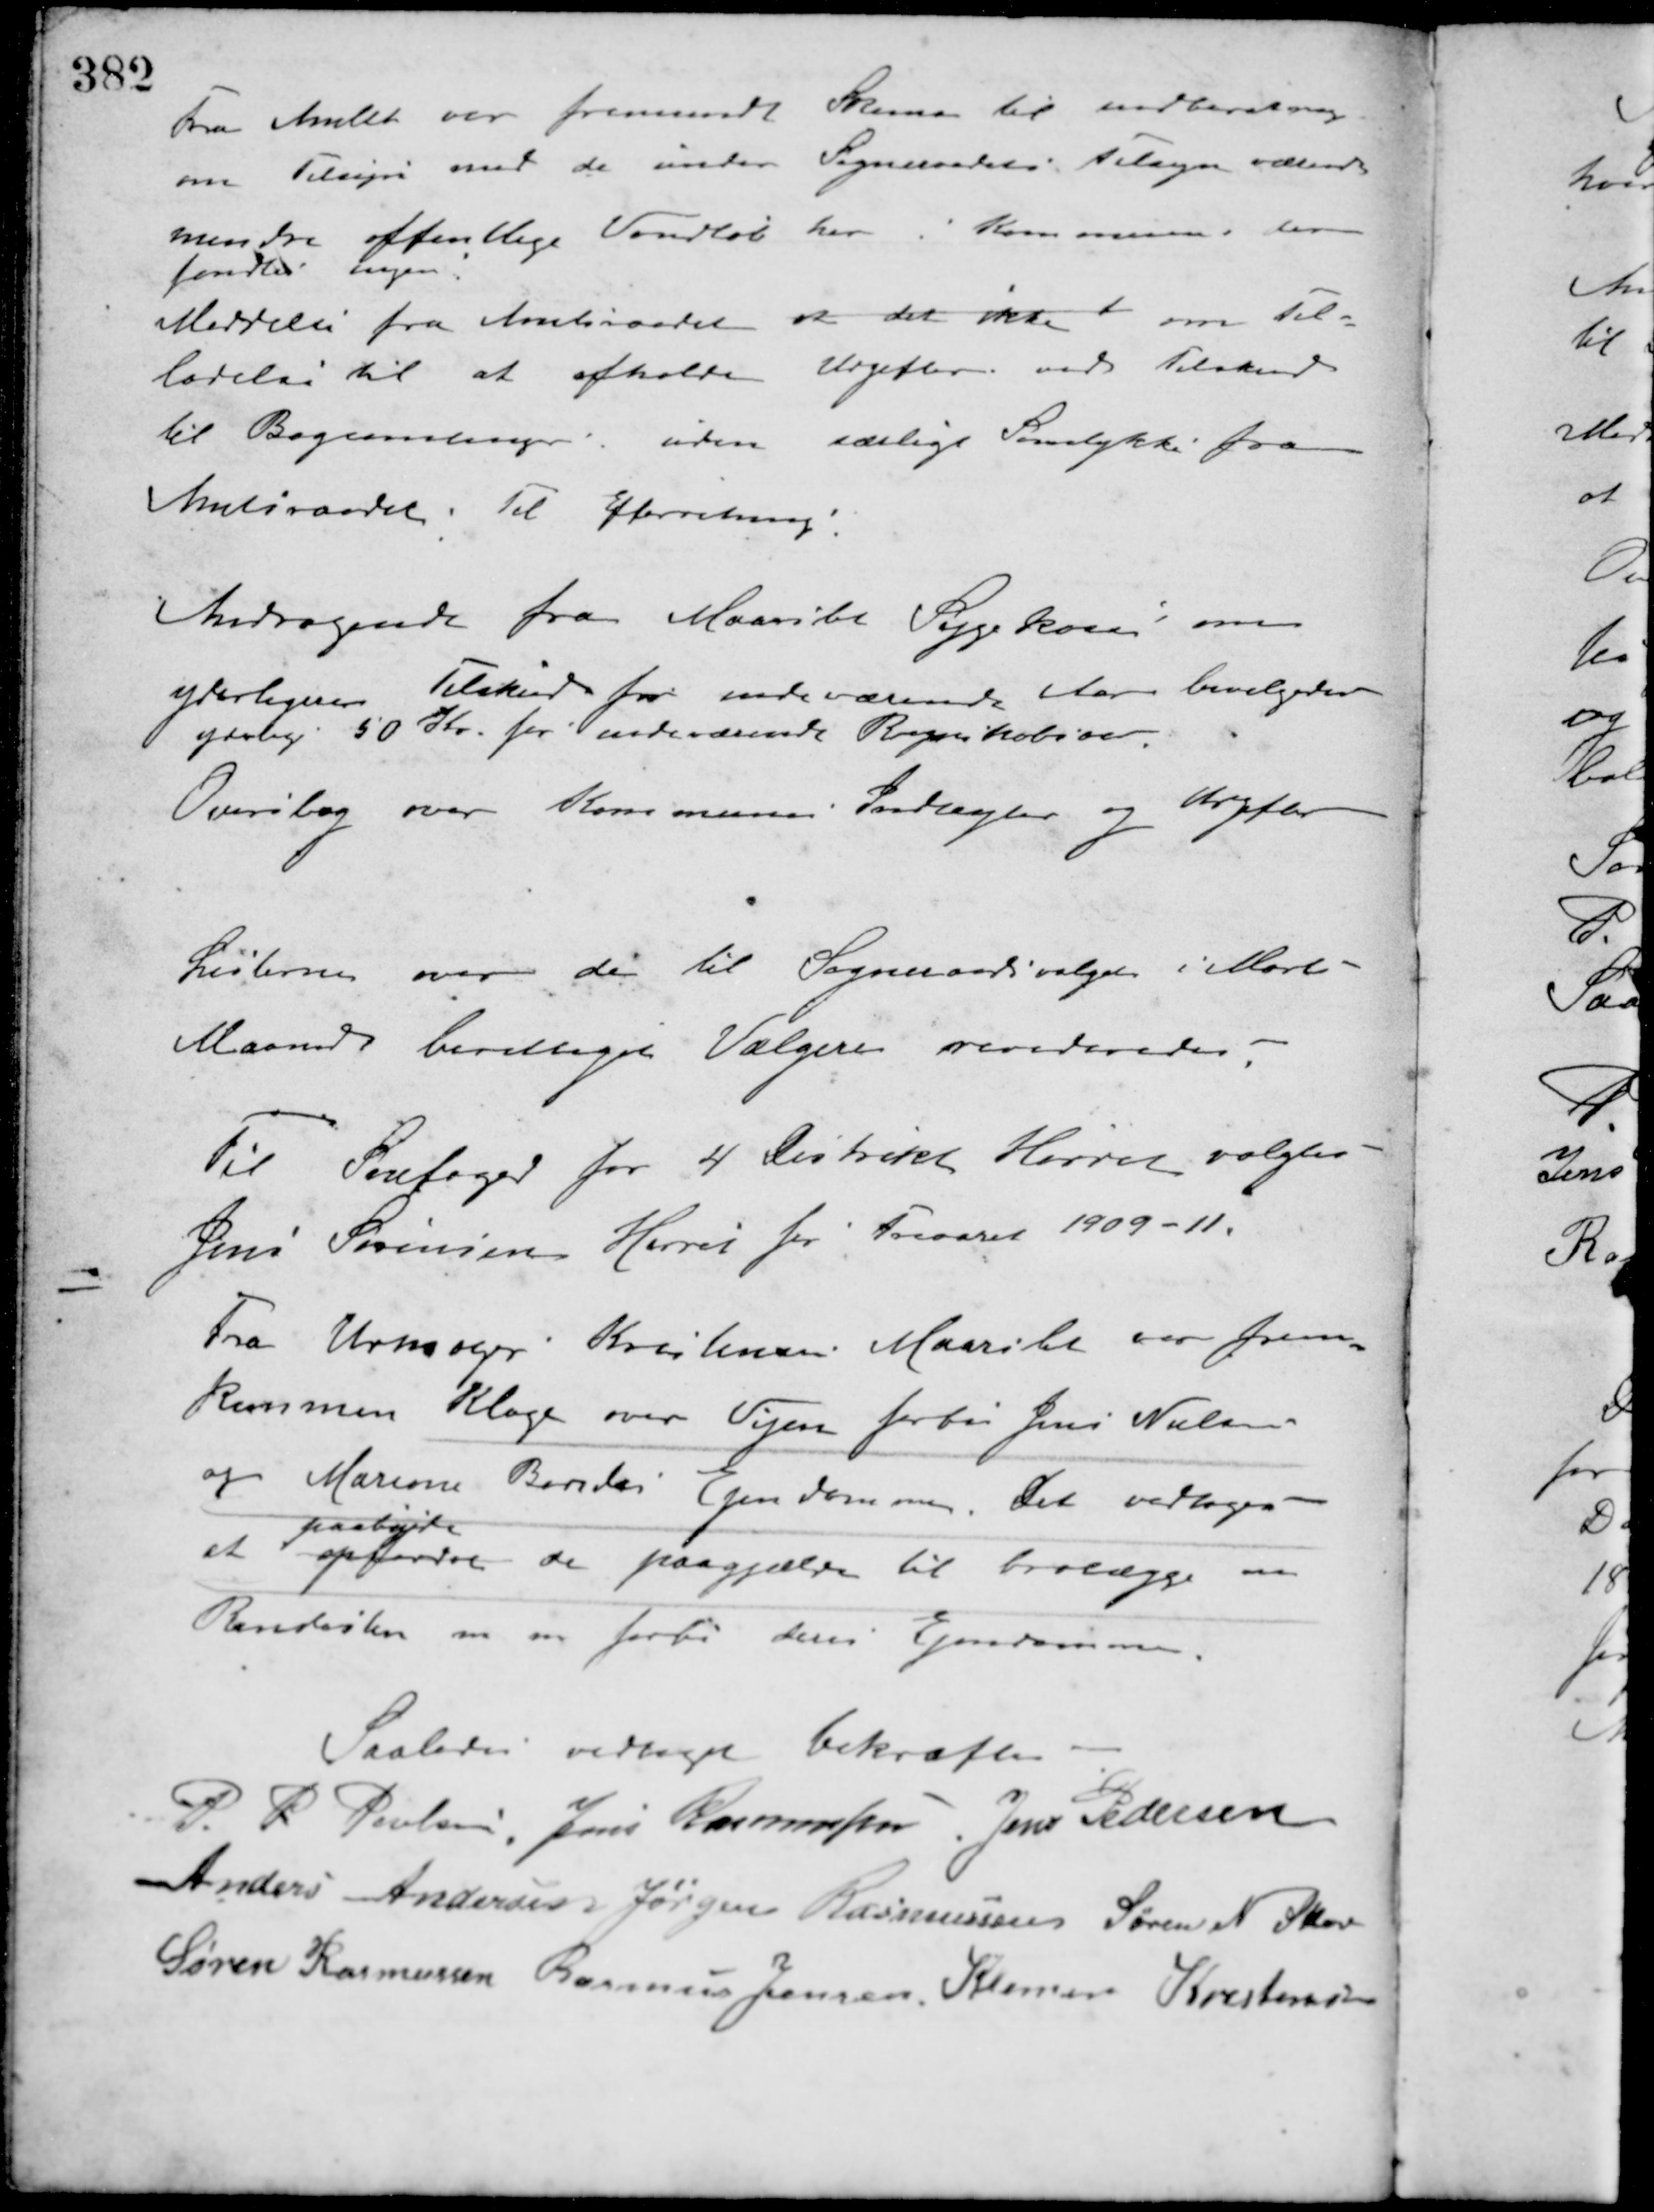
Transskription:
Fra Amtet var fremsendt Skema til indberetning
om Tilsyn med de under Sogneraadets Tilsyn værende
mindre offentlige Vandløb her i Kommunen, der
fandtes ingen.
Meddelse fra Amtsraadet at det ikke om Til-
ladelse til at afholde Udgifter ved Tilskud
til Bogsamlinger, uden særligt Samtykke fra
Amtsraadet. Til Efterretning.
Andragende fra Maarslet Sygekasse om
yderligere Tilskud for indeværende Aar bevilgedes
yderlig 50 Kr. for indeværende Regnskabsaar.
Overslag over Kommunes Indtægter og Udgifter
Listerne over de til Sogneraadsvalget i Marts
Maaned berettiget Vælgere revideredes.
Til Snefoged for 4 Distrikt Hørret valgtes
Jens Sørensen Hørret for Treaaret 1909-11.
Fra Urmager Kristensen Maarslet var frem-
kommen Klage over Vejen forbi Jens Nielsen
og Mariane Bondes Ejendomme. Det vedtoges
at opfordre
paabyde
de paagjælne til brolægge en
Rendesten m. m. forbi deres Ejendomme.
Saaledes vedtaget bekræftes
P. P. Poulsen Jens Rasmusssen Jens Pedersen
Anders Andersen Jørgen Rasmussen Søren N. Skov
Søren Rasmussen Rasmus Jensen Klemen Kristensen